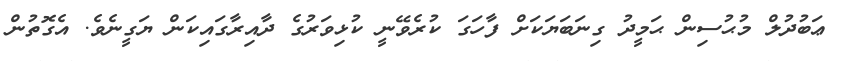
ޢަބުދުލް މުޙުސިން ޙަމީދު ގިނަބަޔަކަށް ފާހަގަ ކުރެވޭނީ ކުޅިވަރުގެ ދާއިރާގައިކަން ޔަގީނެވެ. އެގޮތުން